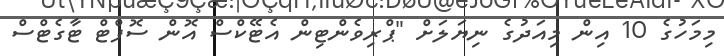
މިމަހުގެ 10 އިން މިއަދުގެ ނިޔަލަށް "ޕްރިވެންޓިން އެޓޭކްސް އޮން ސޮފްޓް ޓާގެޓްސް